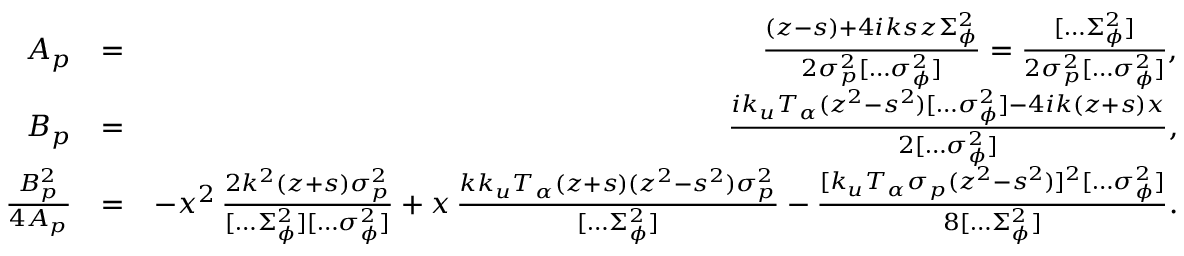
\begin{array} { r l r } { A _ { p } } & { = } & { \frac { ( z - s ) + 4 i k s z \Sigma _ { \phi } ^ { 2 } } { 2 \sigma _ { p } ^ { 2 } [ \hdots \sigma _ { \phi } ^ { 2 } ] } = \frac { [ \hdots \Sigma _ { \phi } ^ { 2 } ] } { 2 \sigma _ { p } ^ { 2 } [ \hdots \sigma _ { \phi } ^ { 2 } ] } , } \\ { B _ { p } } & { = } & { \frac { i k _ { u } T _ { \alpha } ( z ^ { 2 } - s ^ { 2 } ) [ \hdots \sigma _ { \phi } ^ { 2 } ] - 4 i k ( z + s ) x } { 2 [ \hdots \sigma _ { \phi } ^ { 2 } ] } , } \\ { \frac { B _ { p } ^ { 2 } } { 4 A _ { p } } } & { = } & { - x ^ { 2 } \, \frac { 2 k ^ { 2 } ( z + s ) \sigma _ { p } ^ { 2 } } { [ \hdots \Sigma _ { \phi } ^ { 2 } ] [ \hdots \sigma _ { \phi } ^ { 2 } ] } + x \, \frac { k k _ { u } T _ { \alpha } ( z + s ) ( z ^ { 2 } - s ^ { 2 } ) \sigma _ { p } ^ { 2 } } { [ \hdots \Sigma _ { \phi } ^ { 2 } ] } - \frac { [ k _ { u } T _ { \alpha } \sigma _ { p } ( z ^ { 2 } - s ^ { 2 } ) ] ^ { 2 } [ \hdots \sigma _ { \phi } ^ { 2 } ] } { 8 [ \hdots \Sigma _ { \phi } ^ { 2 } ] } . } \end{array}